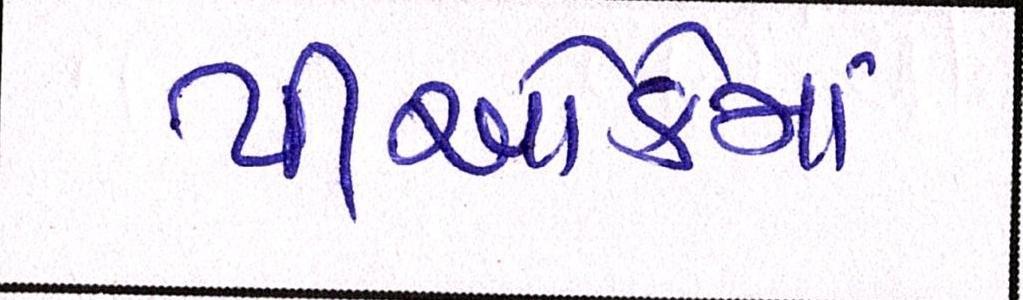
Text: પીઓકેમાં